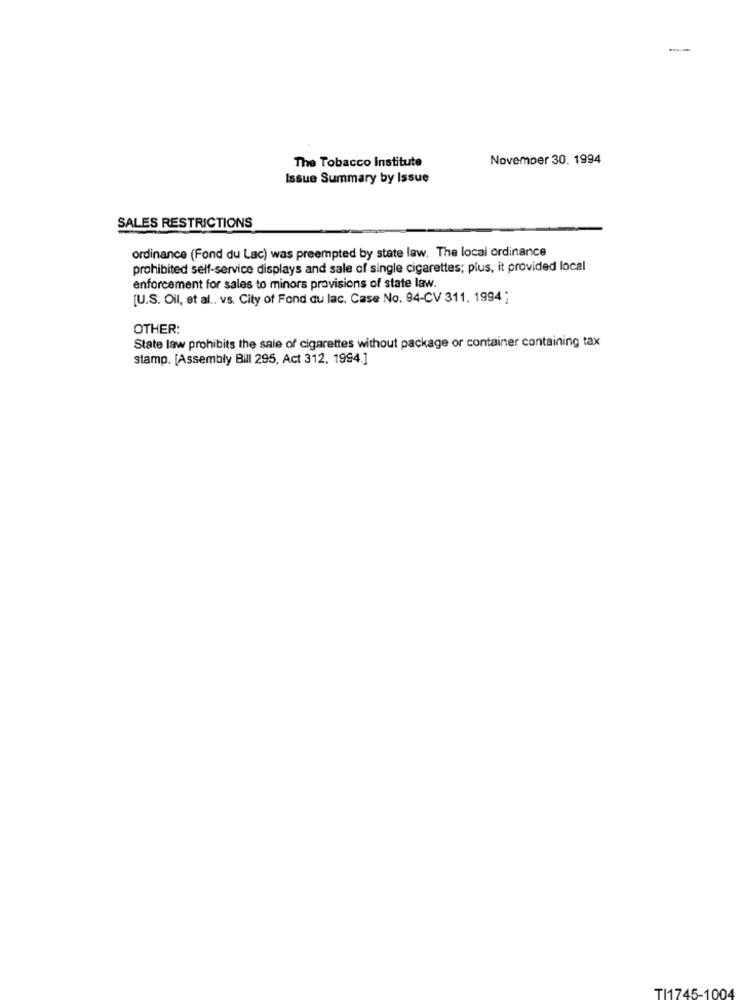
November 30. 1994
The Tobacco Institute
Issue Summary by Issue
SALES RESTRICTIONS
ordinance (Fond du Lac) was preempted by state law. The local ordinance
prohibited self-service displays and sale of single cigarettes; plus, it provided local
enforcement for sales to minors provisions of state law.
[U.S. Oil, et al .. vs. City of Fond du lac, Case No. 94-CV 311. 1994;
OTHER:
State law prohibits the sale of cigarettes without package or container containing tax
stamp. [Assembly Bill 295, Act 312, 1994.]
TI1745-1004